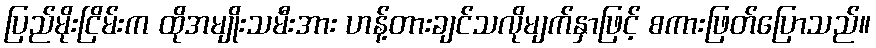
ပြည်မိုးငြိမ်းက ထိုအမျိုးသမီးအား ဟန့်တားချင်သလိုမျက်နှာဖြင့် စကားဖြတ်ပြောသည်။